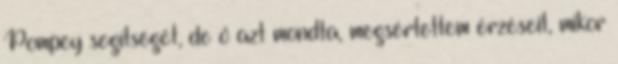
Pompey segítségét, de ő azt mondta, megsértettem érzéseit, mikor